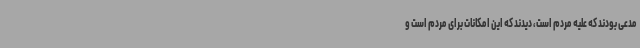
مدعی بودند که علیه مردم است، دیدند که این امکانات برای مردم است و